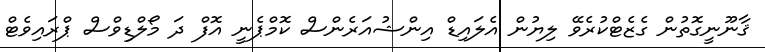
ޤާނޫނީގޮތުން ގެޒެޓްކުރެވޭ ލިޔުން އެލައިޑް އިންޝުއަރެންސް ކޮމްޕެނީ އޮފް ދަ މޯލްޑިވްސް ޕްރައިވެޓް